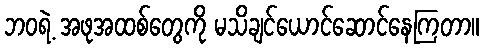
ဘဝရဲ့ အဖုအထစ်တွေကို မသိချင်ယောင်ဆောင်နေကြတာ။